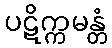
ပဋိက္ကမန္တံ